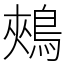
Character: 鵊